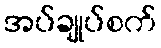
အပ်ချုပ်စက်